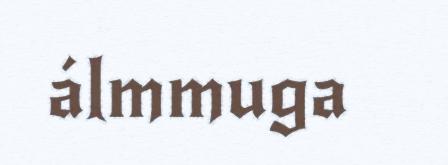
álmmuga